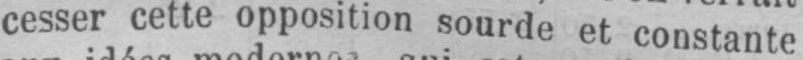
cesser cette opposition sourde et constante